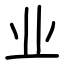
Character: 业